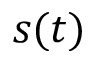
s ( t )